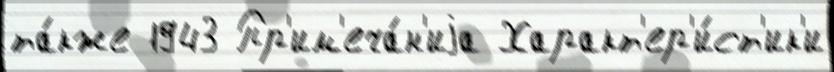
та́кже 1943 Пр'им'еча́н'иjа Характ'ер'и́ст'ик'и